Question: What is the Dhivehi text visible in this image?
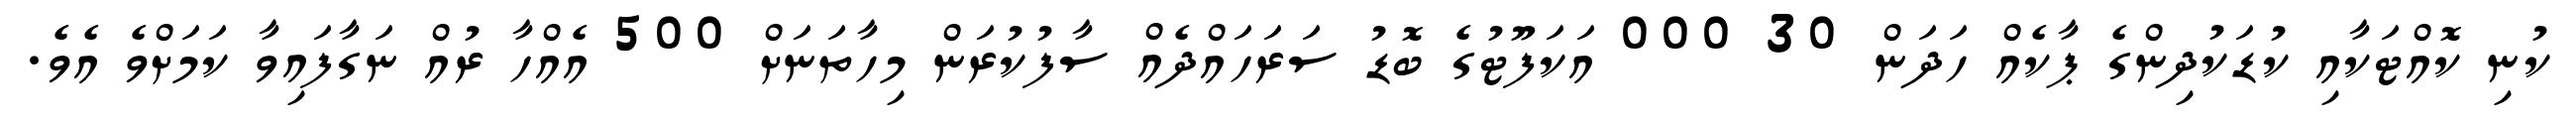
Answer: ކުނި ކޮއްޓަކާއި ކުޑަކުދިންގެ ޕާކެއް ހަދަން 30 000 އަކަފޫޓުގެ ބޮޑު ސަރަހައްދެއް ސާފުކުރަން މިހާތަނަށް 500 އެއްހާ ރުއް ނަގާފައިވާ ކަމަށްވެ އެވެ.